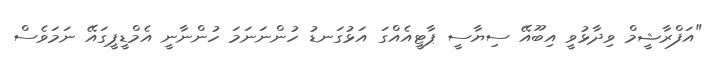
"އަފްރާޝީމް ވިދާޅުވީ އިބޫއޭ ސިޔާސީ ޕާޓީއެއްގަ އަޅުގަނޑު ހުންނަނަމަ ހުންނާނީ އެމްޑީޕީގައޭ ނަމަވެސް